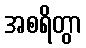
အစရိတွာ